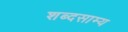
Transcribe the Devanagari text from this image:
शब्दसाम्य